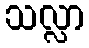
သလ္လာ